Civil Veterinary Dept. Bombay admin report 1900-1906 - 1900-1906
Year: 1900
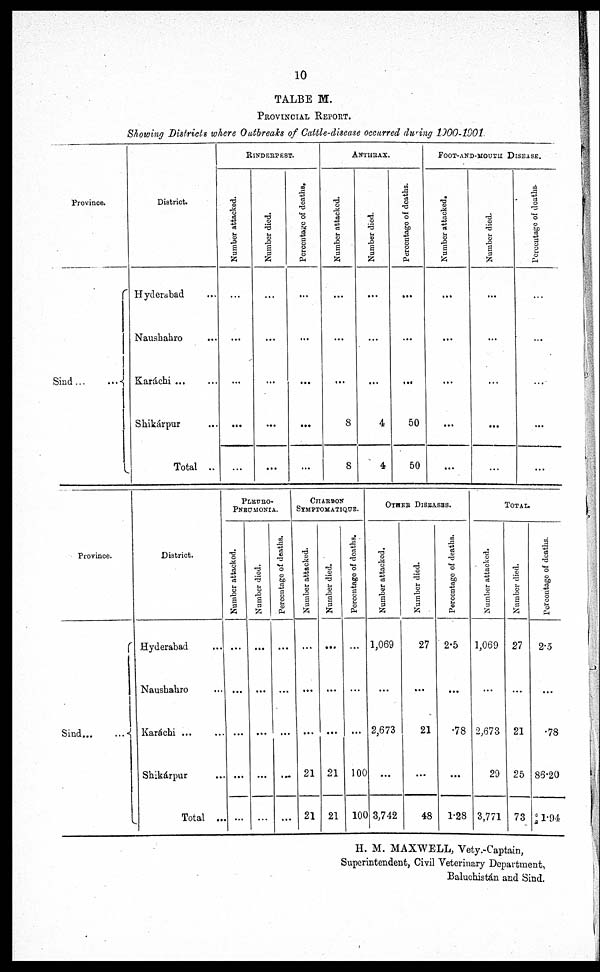
10
TABLE M.
PROVINCIAL REPORT.
Showing Districts where Outbreaks of Cattle-disease occurred during 1900-1901.
Province.
Sind ...
...
District.
Hyderabad ...
Naushahro ...
Karáchi ... ...
Shikárpur ...
Total ...
RINDERPEST.
Number attacked.
...
...
...
...
...
Number died.
...
...
...
...
...
Percentage of deaths.
...
...
...
...
...
ANTHRAX.
Number attacked.
...
...
...
8
8
Number died.
...
...
...
4
4
Percentage of deaths.
...
...
...
50
50
FOOT-AND-MOUTH DISEASE.
Number attacked.
...
...
...
...
...
Number died.
...
...
...
...
...
Percentage of deaths.
...
...
...
...
...
Province.
Sind ... ...
District.
Hyderabad ...
Naushahro ...
Karachi ...
Shikárpur ...
Total ...
PLEURO¬
PNEUMONIA.
Number attacked.
...
...
...
...
...
Number died.
...
...
...
...
...
Percentage of deaths.
...
...
...
...
...
CHARBON
SYMPTOMATIQUE.
Number attacked.
...
...
...
21
21
Number di ed.
...
...
...
21
21
Percentage of deaths.
...
...
...
100
100
OTHER DISEASES.
Number attacked.
1,069
...
2,673
...
3,742
Number di ed.
27
...
21
...
48
Pe r
c e nt a ge of deaths.
2.5
...
.78
...
1.28
TOTAL.
Number attacked.
1,069
...
2,673
29
3,771
Number died.
27
...
21
25
73
Percentage of dea
2.5
...
.78
86.20
1.94
H. M. MAXWELL, Vety.-Captain,
Superintendent, Civil Veterinary Department,
Baluchistán and Sind.